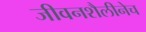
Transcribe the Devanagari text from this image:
जीवनशैलीनेच